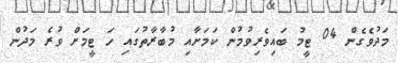
މަދުވެގެން 04 ޓީމު ބައިވެރިވުމުން ކަމަށާއި މުބާރާތުގައި ހަ ޓީމަށް ވުރެ މަދުން